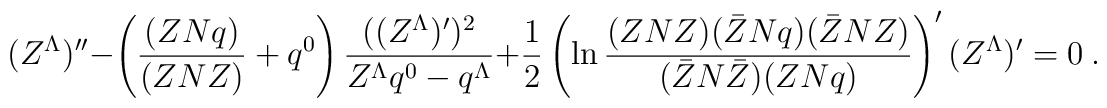
(Z^\Lambda)''-\left({ (ZNq)   \over (ZNZ)  }+q^0 \right){((Z^\Lambda )')^2 \over  Z^\Lambda q^0  - q^\Lambda}+{1 \over 2} \left(\ln {(ZNZ) (\bar Z Nq) (\bar Z NZ)\over (\bar Z N \bar Z) (ZNq)}\right)' (Z^\Lambda )'=0\ .